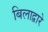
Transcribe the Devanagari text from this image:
बिलाद्वारे